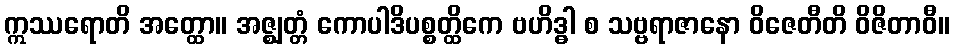
ဣဿရောတိ အတ္ထော။ အဇ္ဈတ္တံ ကောပါဒိပစ္စတ္ထိကေ ဗဟိဒ္ဓါ စ သဗ္ဗရာဇာနော ဝိဇေတီတိ ဝိဇိတာဝီ။